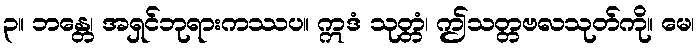
၃။ ဘန္တေ၊ အရှင်ဘုရားကဿပ။ ဣဒံ သုတ္တံ၊ ဤသတ္တဗလသုတ်ကို။ မေ၊